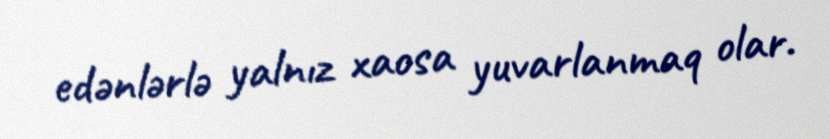
edənlərlə yalnız xaosa yuvarlanmaq olar.